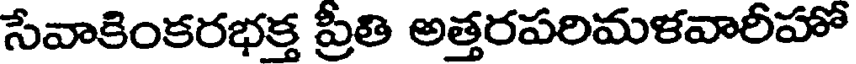
సేవాకింకరభక్త ప్రీతి అత్తరపరిమళవారీహో